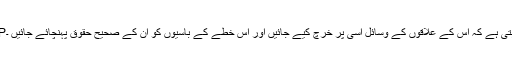
AIPچاہتی ہے کہ اس کے علاقوں کے وسائل اسی پر خرچ کیے جائیں اور اس خطے کے باسیوں کو ان کے صحیح حقوق پہنچائے جائیں ۔